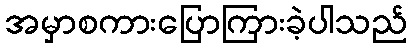
အမှာစကားပြောကြားခဲ့ပါသည်